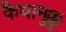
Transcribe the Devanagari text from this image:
कैथामुक्कु